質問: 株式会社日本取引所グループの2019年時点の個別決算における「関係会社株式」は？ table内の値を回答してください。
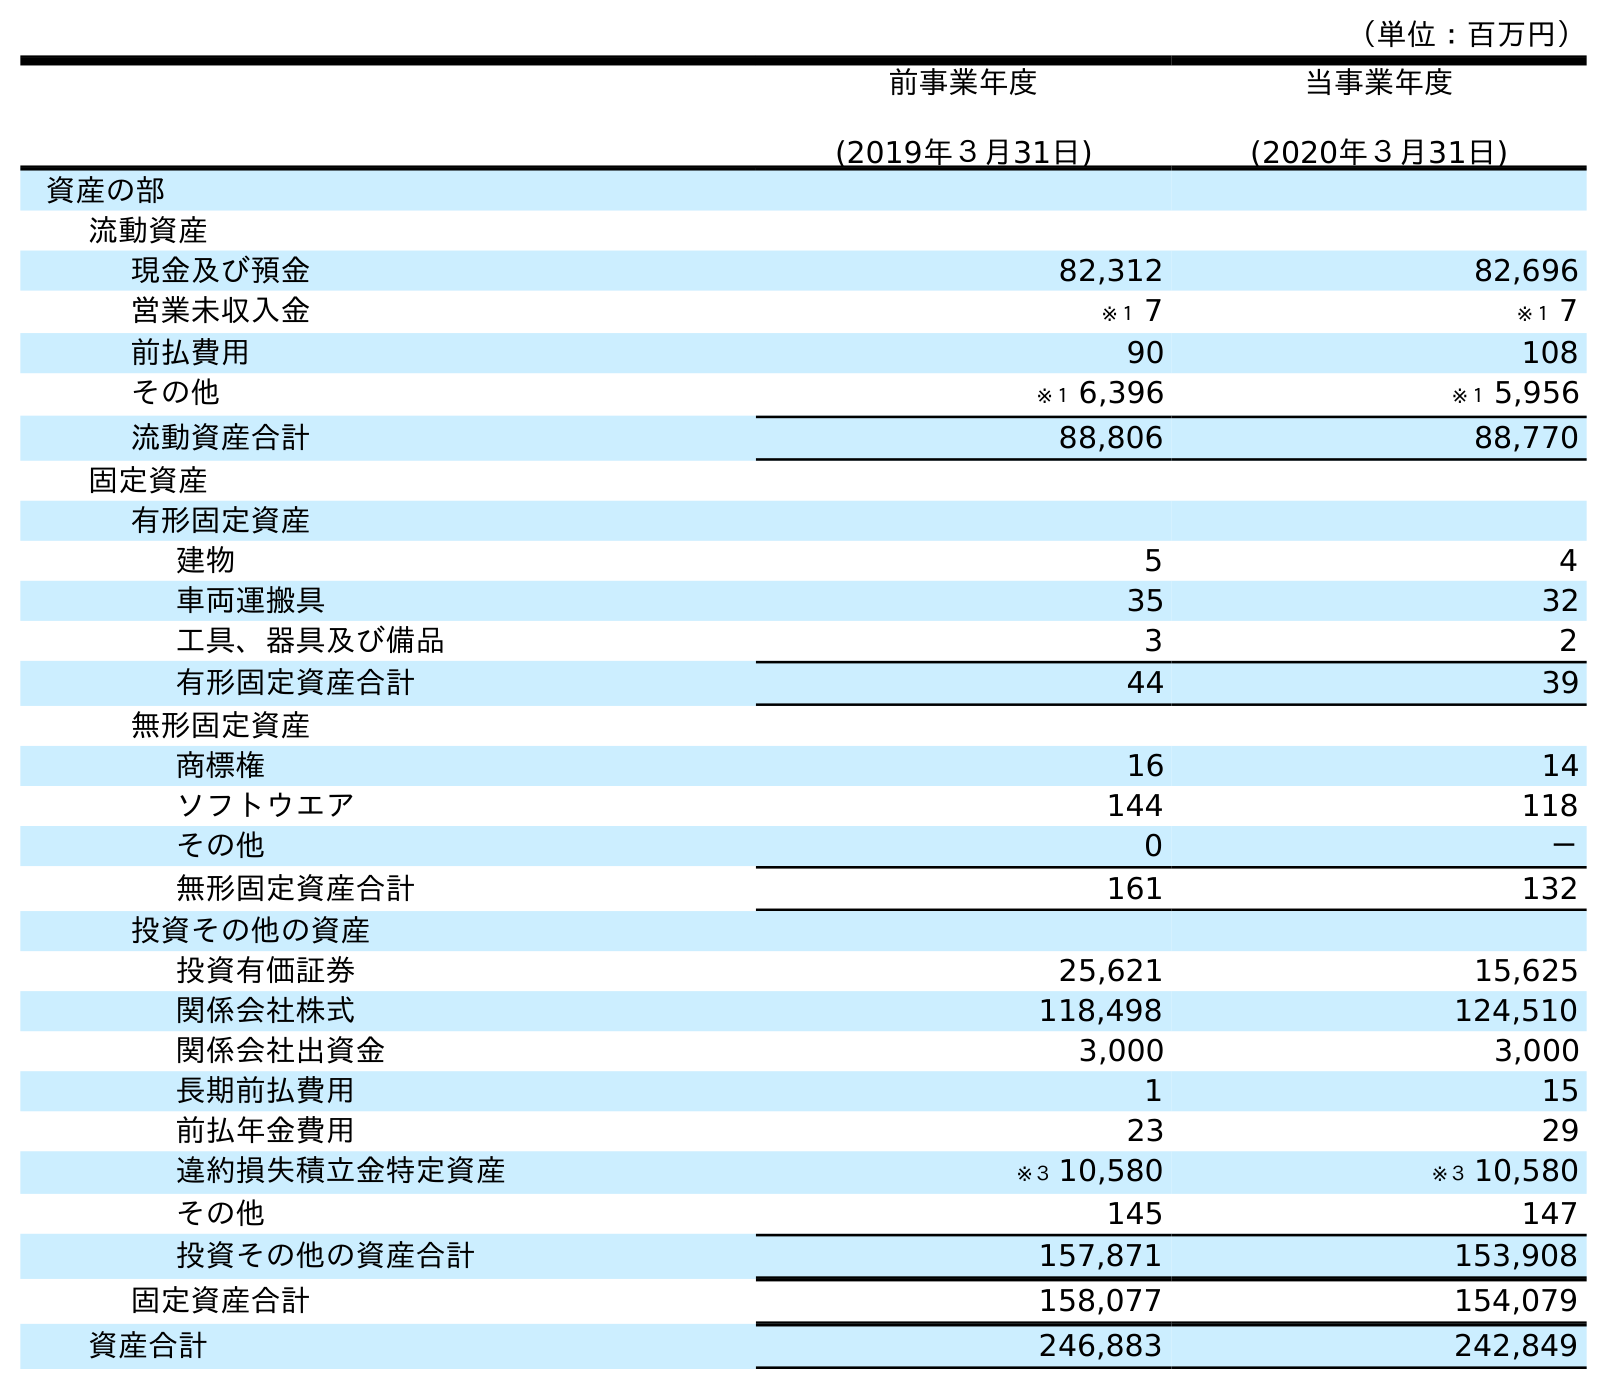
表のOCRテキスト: （単位：百万円） 前事業年度 (2019年３月31日) 当事業年度 (2020年３月31日) 資産の部 流動資産 現金及び預金 82,312 82,696 営業未収入金 ※１ 7 ※１ 7 前払費用 90 108 その他 ※１ 6,396 ※１ 5,956 流動資産合計 88,806 88,770 固定資産 有形固定資産 建物 5 4 車両運搬具 35 32 工具、器具及び備品 3 2 有形固定資産合計 44 39 無形固定資産 商標権 16 14 ソフトウエア 144 118 その他 0 － 無形固定資産合計 161 132 投資その他の資産 投資有価証券 25,621 15,625 関係会社株式 118,498 124,510 関係会社出資金 3,000 3,000 長期前払費用 1 15 前払年金費用 23 29 違約損失積立金特定資産 ※３ 10,580 ※３ 10,580 その他 145 147 投資その他の資産合計 157,871 153,908 固定資産合計 158,077 154,079 資産合計 246,883 242,849
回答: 118,498